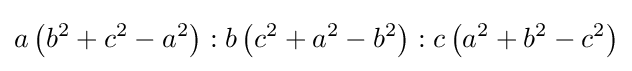
a\left(b^{2}+c^{2}-a^{2}\right):b\left(c^{2}+a^{2}-b^{2}\right):c\left(a^{2}+b^{2}-c^{2}\right)